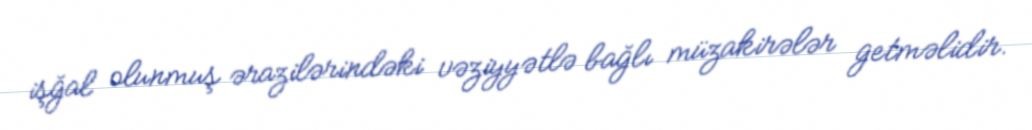
işğal olunmuş ərazilərindəki vəziyyətlə bağlı müzakirələr getməlidir.